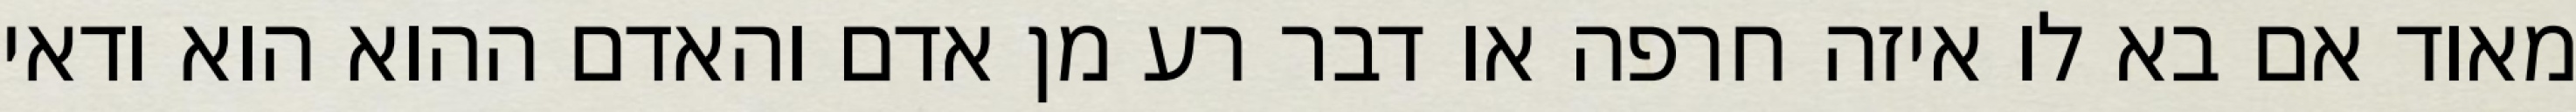
מאוד אם בא לו איזה חרפה או דבר רע מן אדם והאדם ההוא הוא ודאי